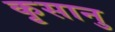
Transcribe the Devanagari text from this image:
कृसानु